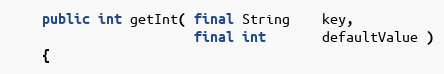
Language: Java
    public int getInt( final String    key,
                       final int       defaultValue )
    {